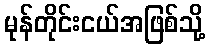
မုန်တိုင်းငယ်အဖြစ်သို့